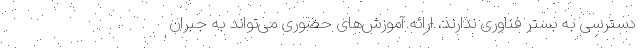
دسترسی به بستر فناوری ندارند، ارائه آموزش‌های حضوری می‌تواند به جبران